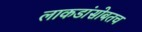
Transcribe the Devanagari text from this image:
लाकडांसोबतच